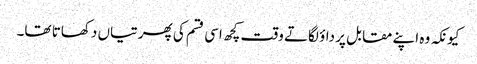
کیونکہ وہ اپنے مقابل پر داؤ لگاتے وقت کچھ اسی قسم کی پھرتیاں دکھاتا تھا۔